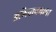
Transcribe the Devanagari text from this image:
अभिवाचनाचा